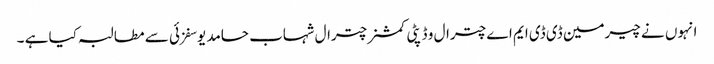
انہوں نے چیرمین ڈی ڈی ایم اے چترال و ڈپٹی کمشنر چترال شہاب حامد یوسفزئی سے مطالبہ کیا ہے ۔